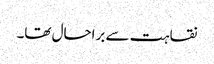
نقاہت سے براحال تھا۔